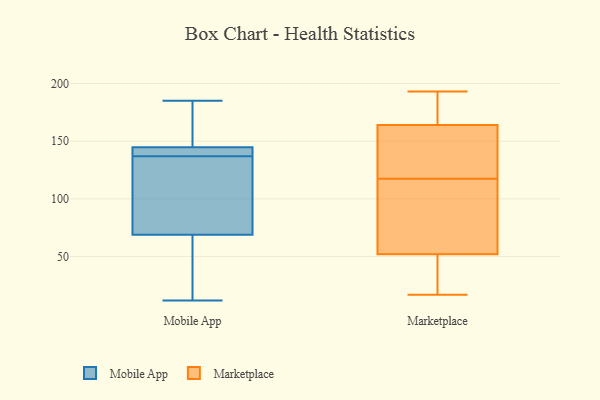
{"axis": {"x": "Budget (USD K)", "y": "Value"}, "legend": ["Marketplace", "Mobile App"], "data": [{"x": "", "y": 126, "type": "Mobile App"}, {"x": "", "y": 12, "type": "Mobile App"}, {"x": "", "y": 185, "type": "Mobile App"}, {"x": "", "y": 29, "type": "Mobile App"}, {"x": "", "y": 68, "type": "Mobile App"}, {"x": "", "y": 152, "type": "Mobile App"}, {"x": "", "y": 144, "type": "Mobile App"}, {"x": "", "y": 44, "type": "Mobile App"}, {"x": "", "y": 140, "type": "Mobile App"}, {"x": "", "y": 168, "type": "Mobile App"}, {"x": "", "y": 145, "type": "Mobile App"}, {"x": "", "y": 125, "type": "Mobile App"}, {"x": "", "y": 72, "type": "Mobile App"}, {"x": "", "y": 137, "type": "Mobile App"}, {"x": "", "y": 143, "type": "Mobile App"}, {"x": "", "y": 17, "type": "Marketplace"}, {"x": "", "y": 30, "type": "Marketplace"}, {"x": "", "y": 138, "type": "Marketplace"}, {"x": "", "y": 46, "type": "Marketplace"}, {"x": "", "y": 99, "type": "Marketplace"}, {"x": "", "y": 168, "type": "Marketplace"}, {"x": "", "y": 119, "type": "Marketplace"}, {"x": "", "y": 193, "type": "Marketplace"}, {"x": "", "y": 190, "type": "Marketplace"}, {"x": "", "y": 116, "type": "Marketplace"}, {"x": "", "y": 52, "type": "Marketplace"}, {"x": "", "y": 146, "type": "Marketplace"}, {"x": "", "y": 52, "type": "Marketplace"}, {"x": "", "y": 164, "type": "Marketplace"}]}